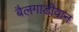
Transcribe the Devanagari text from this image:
बैलगाडीवान